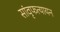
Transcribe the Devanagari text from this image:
सांवृफत्यायन